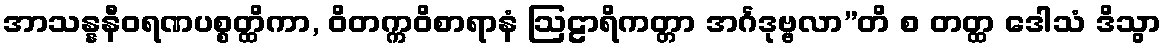
အာသန္နနီဝရဏပစ္စတ္ထိကာ, ဝိတက္ကဝိစာရာနံ ဩဠာရိကတ္တာ အင်္ဂဒုဗ္ဗလာ”တိ စ တတ္ထ ဒေါသံ ဒိသွာ